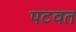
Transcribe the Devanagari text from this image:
पटवत